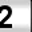
Digit: 2